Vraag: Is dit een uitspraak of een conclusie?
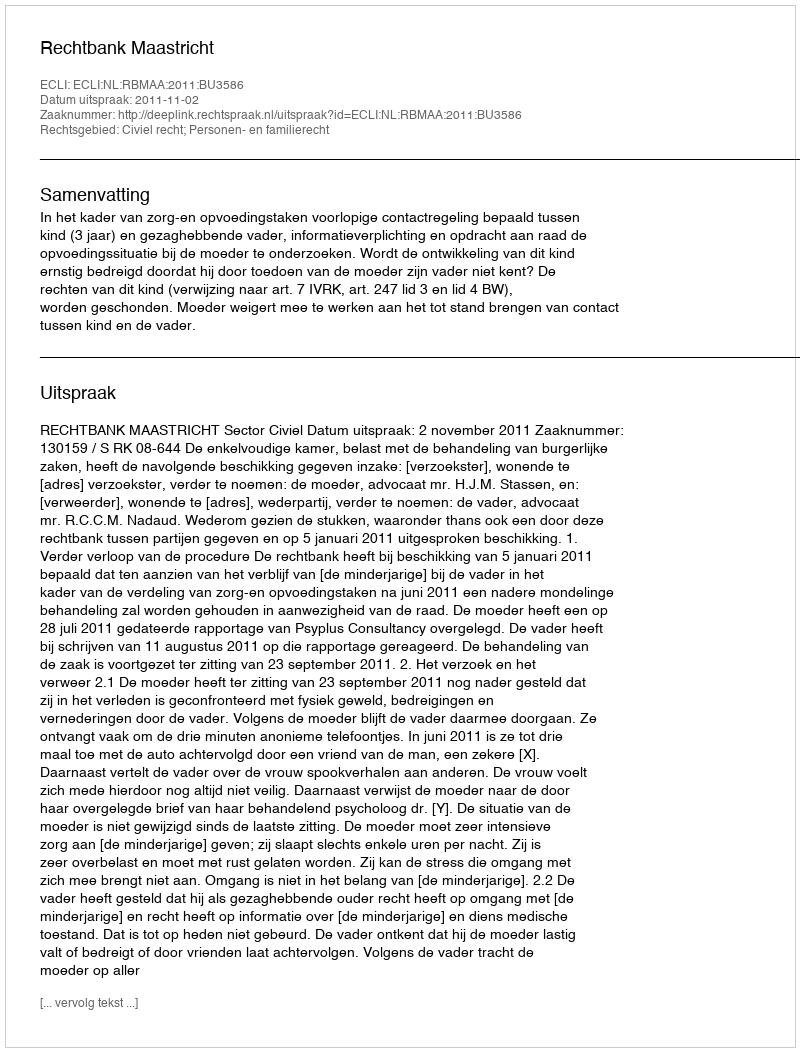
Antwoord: Uitspraak